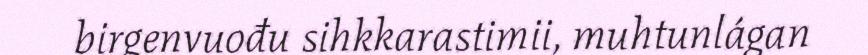
birgenvuođu sihkkarastimii, muhtunlágan